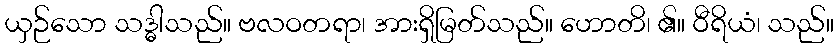
ယှဉ်သော သဒ္ဓါသည်။ ဗလဝတရာ၊ အားရှိမြတ်သည်။ ဟောတိ၊ ၏။ ဝီရိယံ၊ သည်။